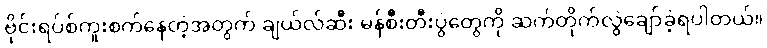
ဗိုင်းရပ်စ်ကူးစက်နေတဲ့အတွက် ချယ်လ်ဆီး မန်စီးတီးပွဲတွေကို ဆက်တိုက်လွဲချော်ခဲ့ရပါတယ်။